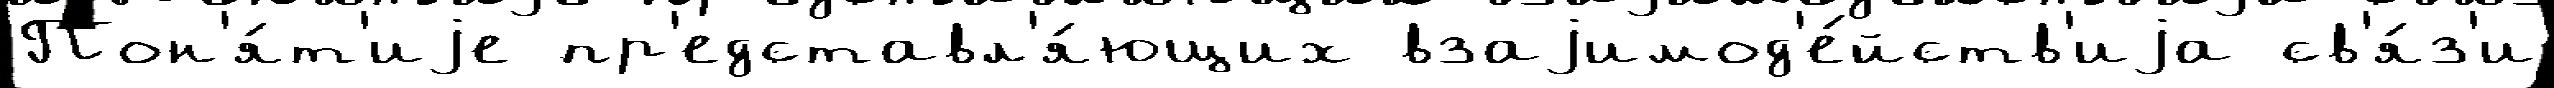
Пон'я́т'иjе пр'едставл'я́ющих взаjимод'е́йств'иjа св'я́з'и